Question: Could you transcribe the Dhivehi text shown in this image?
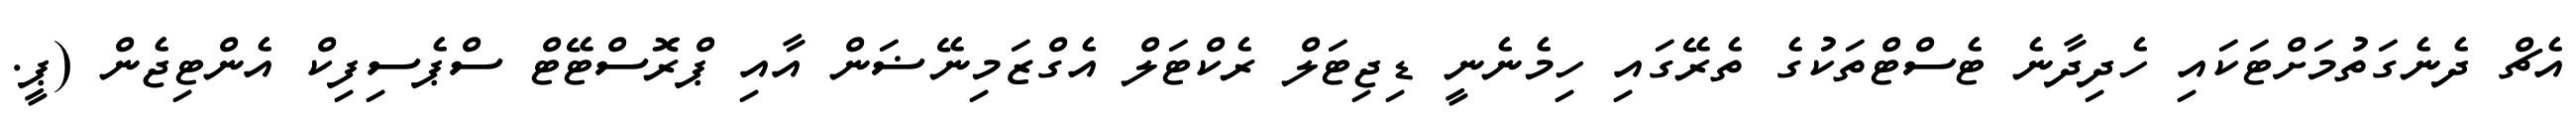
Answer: އެޗް ދެނެގަތުމަށްޓަކައި ހެދިދާނެ ޓެސްޓްތަކުގެ ތެރޭގައި ހިމެނެނީ ޑިޖިޓަލް ރެކްޓަލް އެގްޒަމިނޭޟަން އާއި ޕްރޮސްޓޭޓް ސްޕެސިފިކް އެންޓިޖެން (ޕީ.